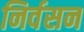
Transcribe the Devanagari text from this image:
निर्वसन